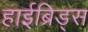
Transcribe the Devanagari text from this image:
हाईब्रिड्स